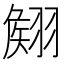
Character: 𮋊